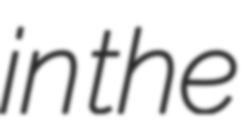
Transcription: in the